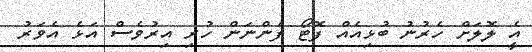
އެީ ލޮލަށް ހެރުނު ބުޅިއެއް ފޮޓޯ ފެންނަން ހުރި އިރުވެސް އަޅެ އެވަރު